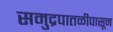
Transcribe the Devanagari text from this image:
समुद्रपातळीपासून